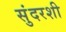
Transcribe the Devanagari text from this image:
सुंदरशी